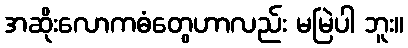
အဆိုးလောကဓံတွေဟာလည်း မမြဲပါ ဘူး။